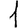
Digit: 1